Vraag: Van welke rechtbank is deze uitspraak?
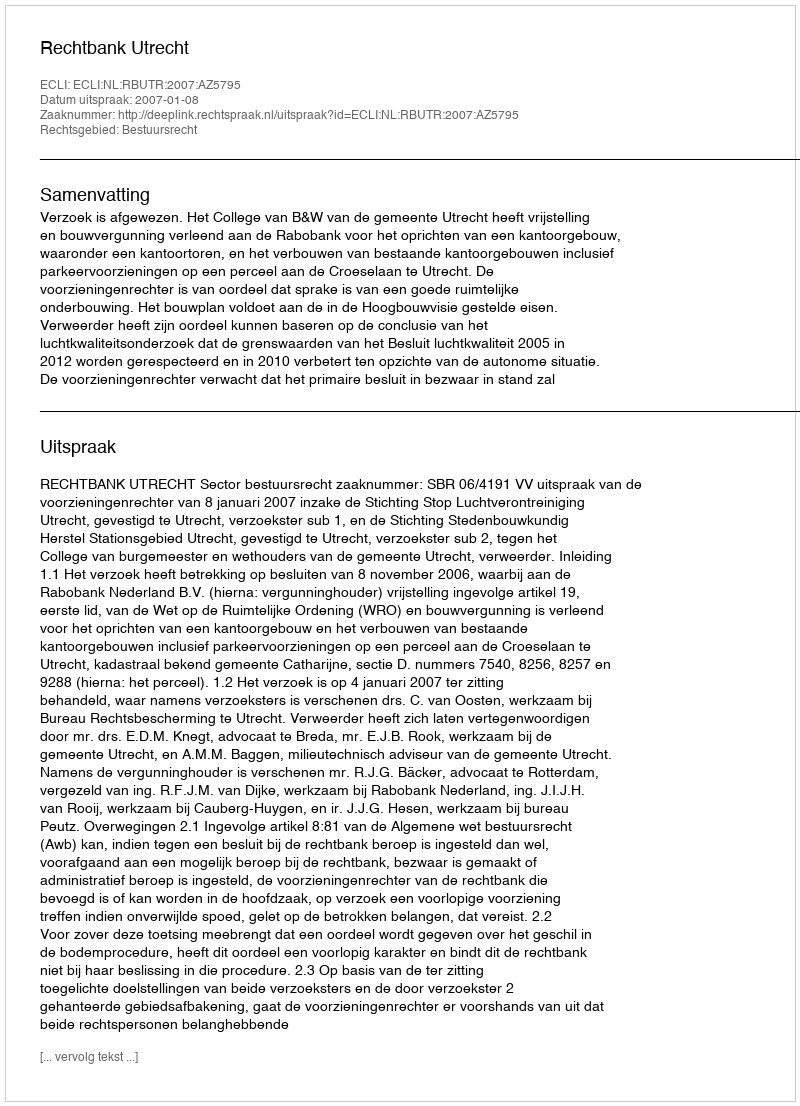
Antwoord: Rechtbank Utrecht